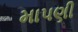
માપણી